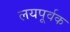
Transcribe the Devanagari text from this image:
लयपूर्वक